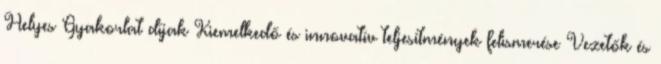
Helyes Gyakorlat–díjak Kiemelkedő és innovatív teljesítmények felismerése Vezetők és